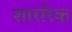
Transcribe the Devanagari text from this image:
शाररिक